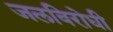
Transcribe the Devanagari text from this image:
जलविरोधी